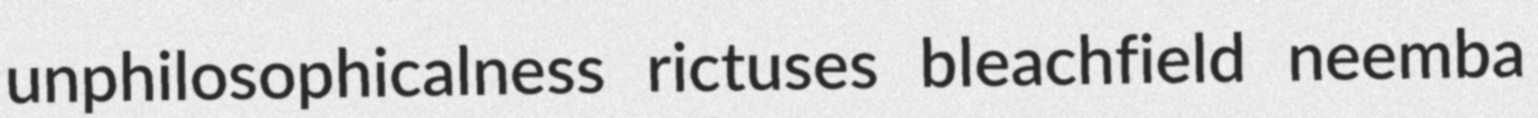
unphilosophicalness rictuses bleachfield neemba